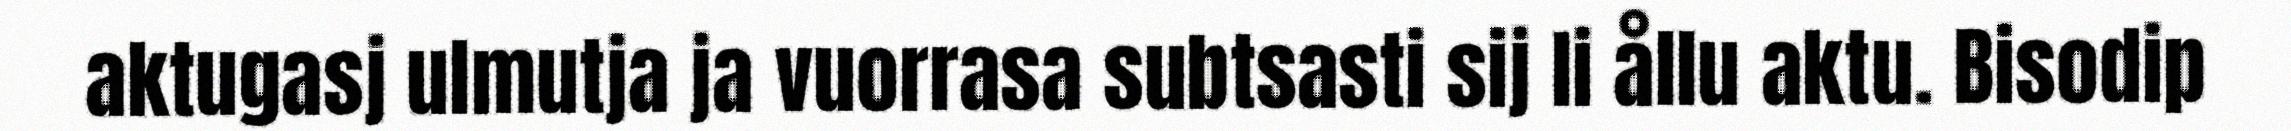
aktugasj ulmutja ja vuorrasa subtsasti sij li ållu aktu. Bisodip